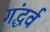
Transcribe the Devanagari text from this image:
गंद्धर्व